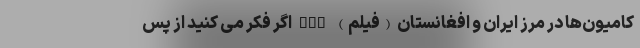
کامیون‌ها در مرز ایران و افغانستان (فیلم) nan اگر فکر می کنید از پس